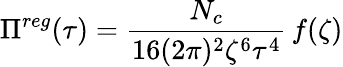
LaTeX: \Pi^{reg}(\tau)=\frac{N_{c}}{16(2\pi)^{2}\zeta^{6}\tau^{4}}\, f(\zeta)